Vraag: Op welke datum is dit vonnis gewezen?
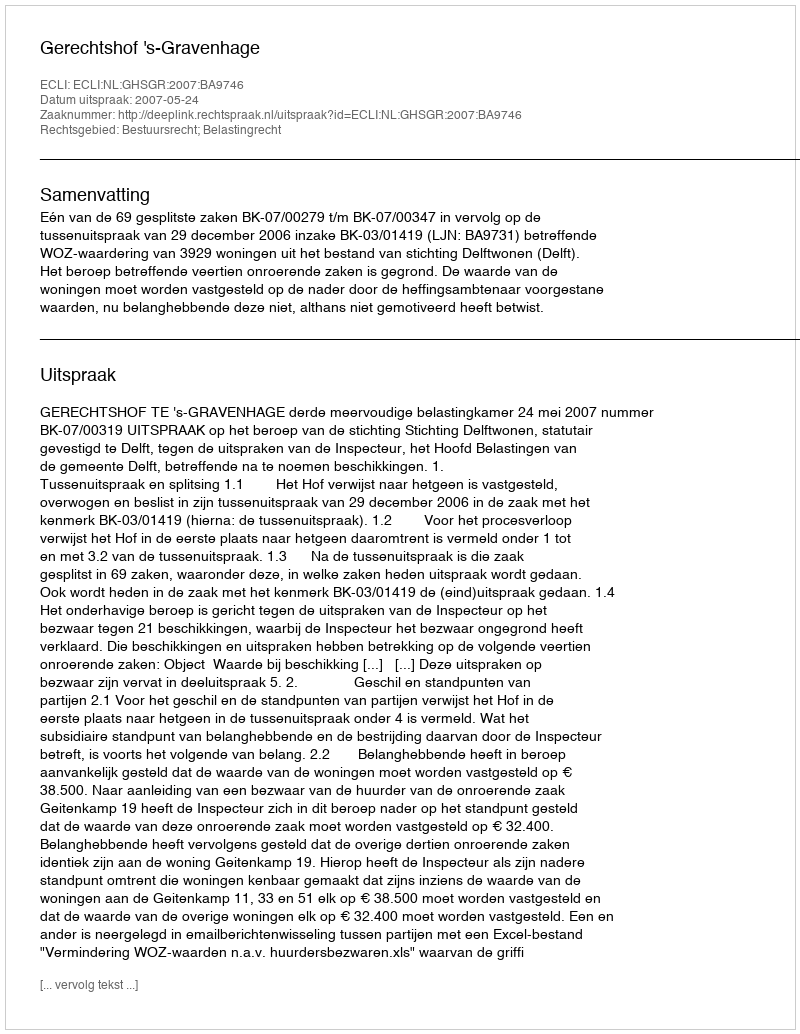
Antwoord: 2007-05-24